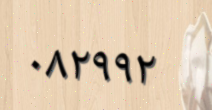
٠٨٢٩٩٢